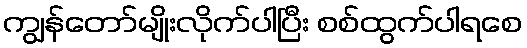
ကျွန်တော်မျိုးလိုက်ပါပြီး စစ်ထွက်ပါရစေ